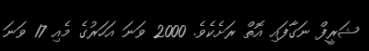
ޝަރީފް ނަގާފައި އޮތް ރަށެކެވެ. 2000 ވަނަ އަހަރުގެ މެއި 17 ވަނަ